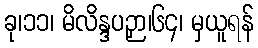
ခု၊၁၁၊ မိလိန္ဒပဉှာ၊၆၄၊ မှယူရန်